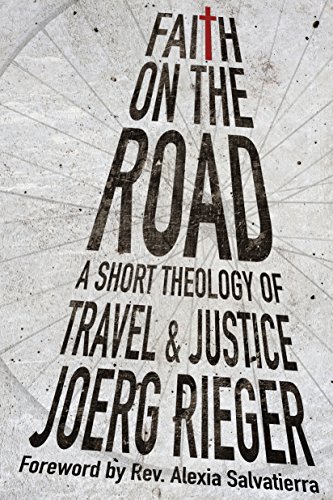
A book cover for Faith on the Road: A Short Theology of Travel and Justice; Joerg Rieger; Christian Books & Bibles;